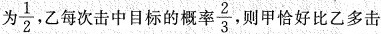
为\frac{1}{2},乙每次击中目标的概率\frac{2}{3},则甲恰好比乙多击